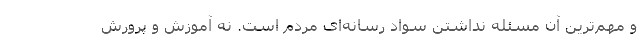
و مهم‌ترین آن مسئله نداشتن سواد رسانه‌ای مردم است. نه آموزش و پرورش